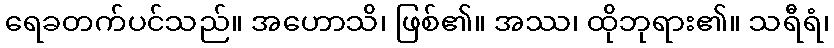
ရေခတက်ပင်သည်။ အဟောသိ၊ ဖြစ်၏။ အဿ၊ ထိုဘုရား၏။ သရီရံ၊